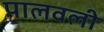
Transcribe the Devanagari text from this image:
पालवली